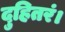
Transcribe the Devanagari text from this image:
दुहितरं।